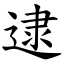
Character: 逮